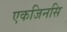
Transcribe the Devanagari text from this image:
एकजिनसि